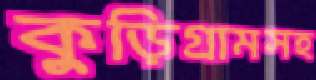
কুড়িগ্রামসহ